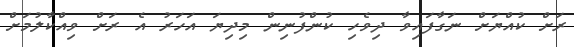
ރަށް ކުއްޔަށް ނަގާފައިވާ ދިވެހި ކުންފުނިން މިިދިޔަ އަހަރު އެ ރަށް ވިއްކާލުމަށް